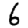
Digit: 6